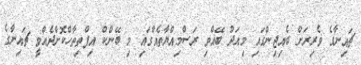
ޗައިނާގެ ވެރިރަށް ބެއިޖިންގައި މިއަދު ބޭއްވި ރަސްމިއްޔާތެއްގައި މި ބޭންކް އިފްތިތާހްކޮށްދެއްވީ ޗައިނާގެ